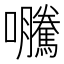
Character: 𭍂